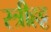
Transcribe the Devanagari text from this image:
स्त्रीहट्ट